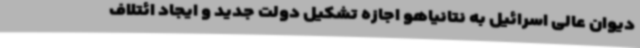
دیوان عالی اسرائیل به نتانیاهو اجازه تشکیل دولت جدید و ایجاد ائتلاف